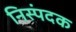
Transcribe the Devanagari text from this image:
निस्पंदक